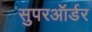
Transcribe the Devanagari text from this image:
सुपरऑर्डर